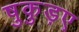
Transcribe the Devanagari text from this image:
षुकुड़ए